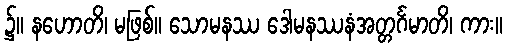
၌။ နဟောတိ၊ မဖြစ်။ သောမနဿ ဒေါမနဿနံအတ္တင်္ဂမာတိ၊ ကား။